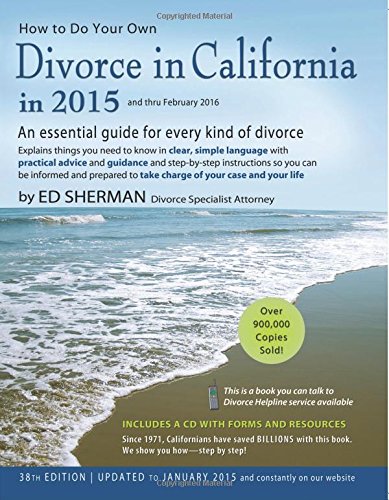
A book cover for How to Do Your Own Divorce in California in 2015: An Essential Guide for Every Kind of Divorce; Ed Sherman; Law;